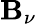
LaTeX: \mathbf{B}_{\nu}